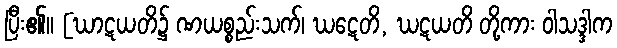
ပြီး၏။ [ဃာဋယတိ၌ ဏယစ္စည်းသက်၊ ဃဋေတိ, ဃဋယတိ တို့ကား ဝါသဒ္ဒါက